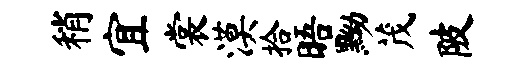
稍宜裳漠拾晤黝茂陂